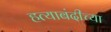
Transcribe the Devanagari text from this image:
हत्याबंदीच्या